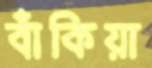
বাঁকিয়া